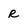
Character: R